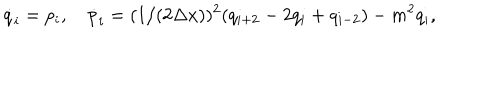
LaTeX: \dot { q } _ { i } = p _ { i } , \quad \dot { p } _ { i } = ( 1 / ( 2 \Delta x ) ) ^ { 2 } ( q _ { i + 2 } - 2 q _ { i } + q _ { i - 2 } ) - m ^ { 2 } q _ { i } ,